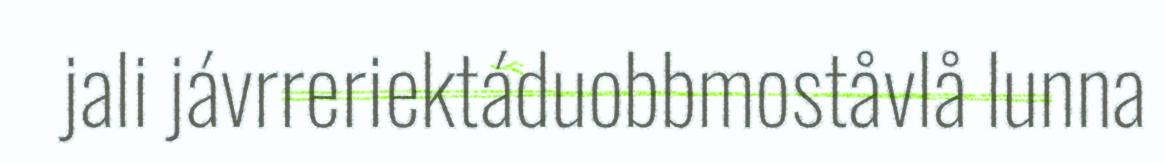
jali jávrreriektáduobbmoståvlå lunna